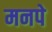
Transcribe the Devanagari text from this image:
मनपे